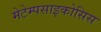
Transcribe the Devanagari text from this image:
मेटेम्पसाइकोसिस